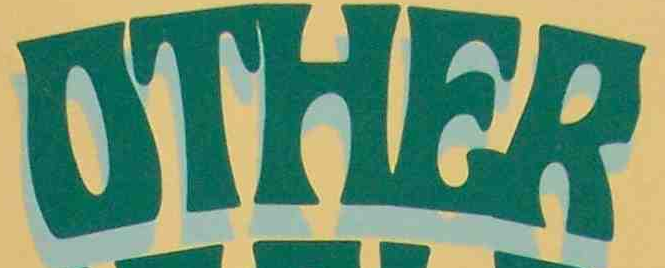
OTHER